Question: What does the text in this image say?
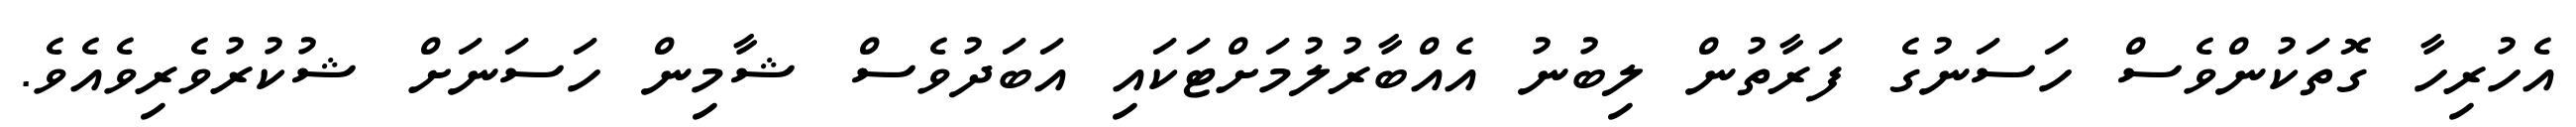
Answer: އެހުރިހާ ގޮތަކުންވެސް ހަސަނުގެ ފަރާތުން ލިބުނު އެއްބާރުލުމަށްޓަކައި އަބަދުވެސް ޝާމިން ހަސަނަށް ޝުކުރުވެރިވެއެވެ.